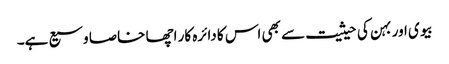
بیوی اور بہن کی حیثیت سے بھی اس کا دائرہ کار اچھا خاصا وسیع ہے۔